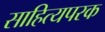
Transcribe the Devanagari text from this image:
साहित्यपरक